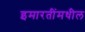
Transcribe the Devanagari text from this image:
इमारतींमधील